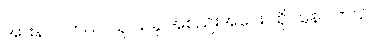
အားနာပါတယ်၊ သူ ယခု အစည်းအဝေး ထိုင်နေပါတယ်။